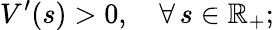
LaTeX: V^{\prime}(s)>0,\quad\forall\, s\in\mathbb{R}_{+};